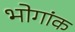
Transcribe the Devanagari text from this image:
भोगांक